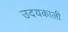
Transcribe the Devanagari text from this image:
उदयकाली